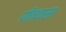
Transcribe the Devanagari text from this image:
पीतवासा